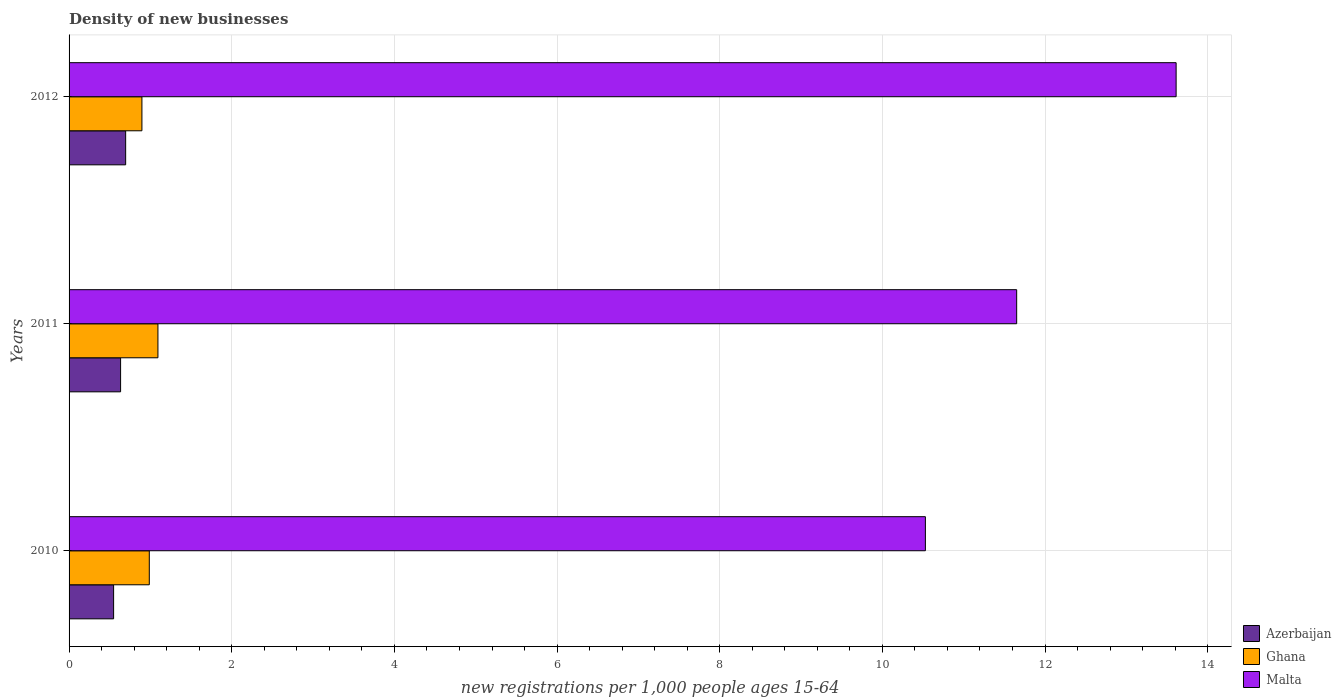
| Years | Azerbaijan | Ghana | Malta |
 | --- | --- | --- | --- |
 | 2010 | 0.548 | 0.986 | 10.5 |
 | 2011 | 0.633 | 1.09 | 11.7 |
 | 2012 | 0.696 | 0.896 | 13.6 |